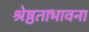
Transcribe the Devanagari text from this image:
श्रेष्ठताभावना